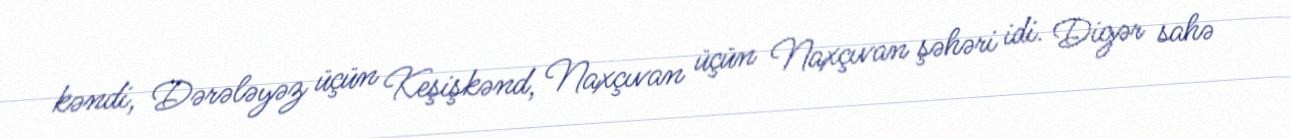
kəndi, Dərələyəz üçün Keşişkənd, Naxçıvan üçün Naxçıvan şəhəri idi. Digər sahə